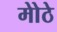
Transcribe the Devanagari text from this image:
मोेठे